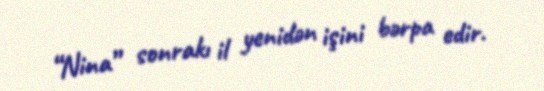
“Nina” sonrakı il yenidən işini bərpa edir.